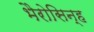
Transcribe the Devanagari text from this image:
भैरोसिन्ह